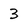
Character: 3